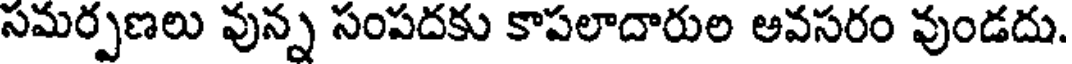
సమర్పణలు వున్న సంపదకు కాపలాదారుల అవసరం వుండదు.